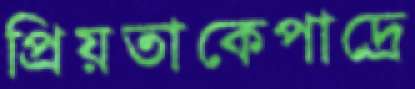
প্রিয়তাকেপাদ্রে